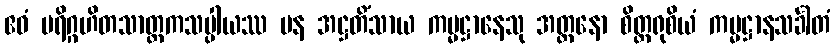
ဧဝံ ပရိဂ္ဂဟိတသာတ္ထကသပ္ပါယဿ ပန အဋ္ဌတိံသာယ ကမ္မဋ္ဌာနေသု အတ္တနော စိတ္တရုစိယံ ကမ္မဋ္ဌာနသင်္ခါတံ